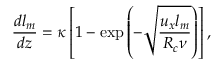
\frac { d l _ { m } } { d z } = \kappa \left[ 1 - \exp \left( - \sqrt { \frac { u _ { x } l _ { m } } { R _ { c } \nu } } \right) \right] ,